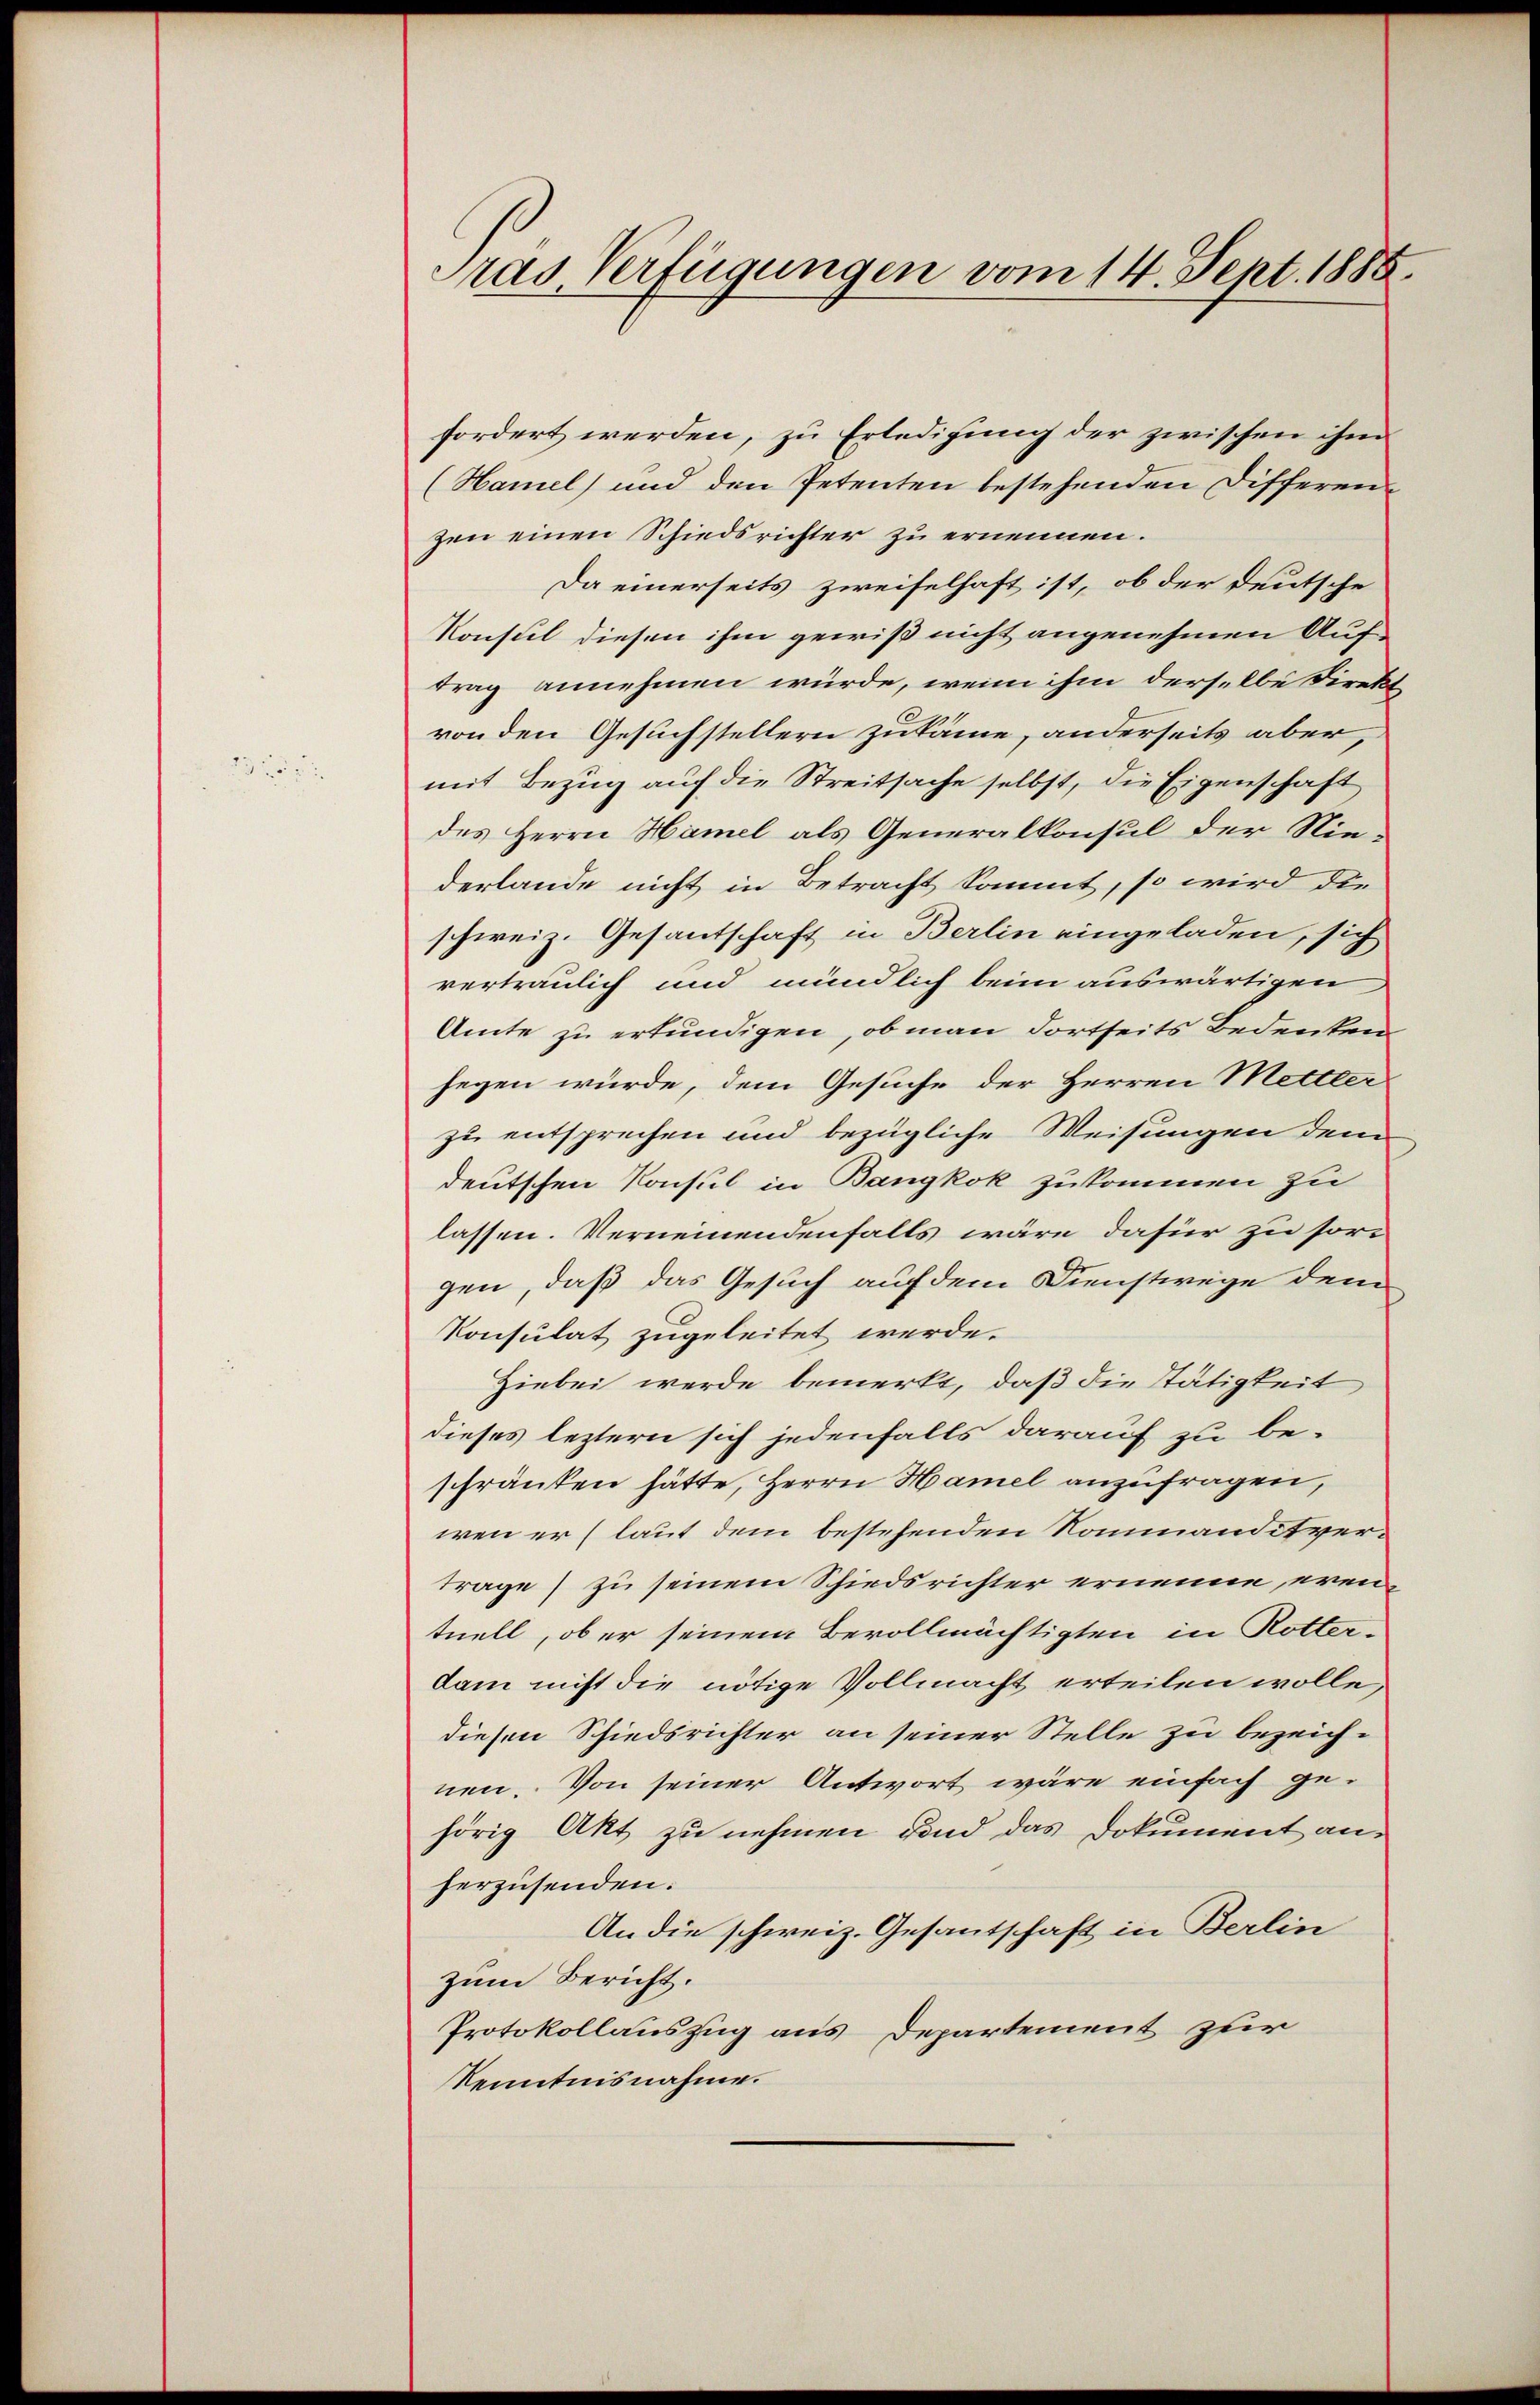
Pras Verfügungen vom 14. Sept. 1888.

fordert werden, zu Erledigung der zwischen ihm
(Hamel) und den Petenten bestehenden Differen
zen einen Schiedsrichter zu ernennen.
Da einerseits zweifelhaft ist, ob der Deutsche
Konsul diesen ihm gewiß nicht angenehmen Auf-
trag annehmen würde, wenn ihm derselbe Direkt
von den Gesuchstellern zukäme, anderseits aber,
mit Bezug auf die Streitsache selbst, die Eigenschaft
des Herrn Hamel als Generalkonsul der Nie-
derlande nicht in Betracht kommt, so wird die
schweiz. Gesantschaft in Berlin eingeladen, sich
vertraulich und mündlich beim auswärtigen
Amte zu erkundigen, ob man dortseits Bedenken
segen würde, dem Gesuche der Herren Mettler
zu entsprechen und bezügliche Weisungen dem
deutschen Konsul in Bangkok zukommen zu
lassen. Verneinendenfalls wäre dafür zu sorgen, daß das Gesuch auf dem Dienstwege dem
Konsulat zugeleitet werde.
Hiebei werde bemerkt, daß die Tätigkeit
dieses leztern sich jedenfalls darauf zu be-
schränken hätte, Herrn Hamel anzufragen,
wenn er (laut dem bestehenden Nommanditverträge) zu seinem Schiedsrichter ernenne, erentuell, ob er seinem Bevollmächtigten in Rotter-
dam nicht die nötige Vollmacht erteilen wolle,
diesen Schiedsrichter an seiner Stelle zu bezeichnen. Von seiner Antwort wäre einfach gehörig Akt zu nehmen und das Dokument an-
herzusenden.
An die schweiz. Gesantschaft in Berlin
zum Bericht.
Protokollauszug aus Departement zur
Kenntnisnahme.